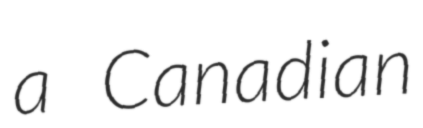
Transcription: a Canadian